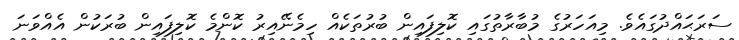
ސަރަޙައްދުގައެވެ. މިއަހަރުގެ މުބާރާތުގައި ކޮލިފައިން ބުރުތަކެއް ހިމެނޭއިރު ކޮންމެ ކޮލިފައިން ބުރަކުން އެއްވަނަ